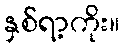
နှစ်ရာ့ကိုး။